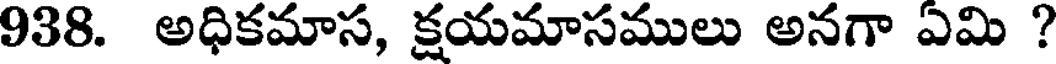
938. అధికమాస, క్షయమాసములు అనగా ఏమి ?